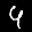
Label: 4